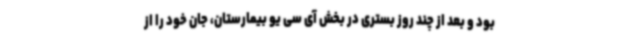
بود و بعد از چند روز بستری در بخش آی سی یو بیمارستان، جان خود را از